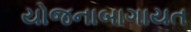
યોજનાબાગાયત